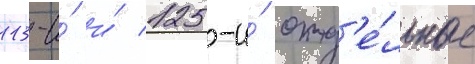
113-и́ и́ 125-и́ отд'е́льные